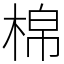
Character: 棉